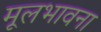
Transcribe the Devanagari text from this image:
मूलभावना